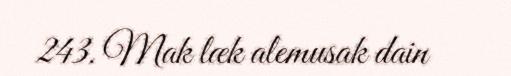
243. Mak læk alemusak dain